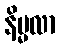
နိမ္မလာ